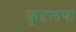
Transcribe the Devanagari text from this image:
कुदृलपा